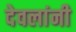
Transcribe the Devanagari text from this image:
देवलांनी